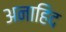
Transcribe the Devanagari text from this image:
अनाहिद